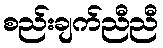
စည်းချက်ညီညီ